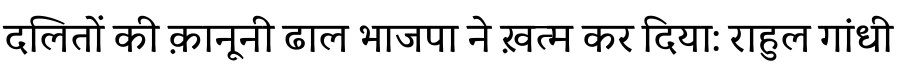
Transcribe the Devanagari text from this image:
दलितों की क़ानूनी ढाल भाजपा ने ख़त्म कर दिया: राहुल गांधी